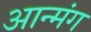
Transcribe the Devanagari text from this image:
आन्मंग